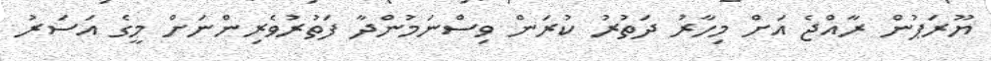
ޔޫރަޕުން ރާއްޖެ އަށް މިހާރު ދަތުރު ކުރަން ވިސްނަމުންދާ ފަތުރުވެރިންނަށް މީގެ އަސަރު